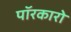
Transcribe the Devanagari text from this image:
पॉरकारो